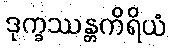
ဒုက္ခဿန္တကိရိယံ